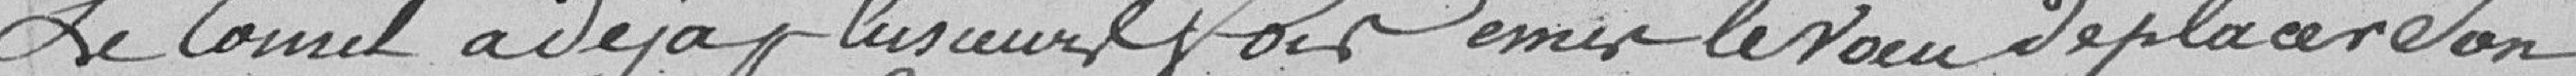
le Comté a déjà plusieurs fois émis le vœu de de placer son